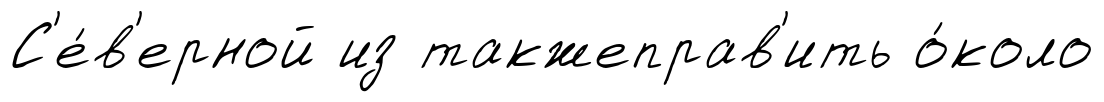
С'е́в'ерной из такжеправ'ить о́коло